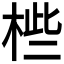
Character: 𣒄